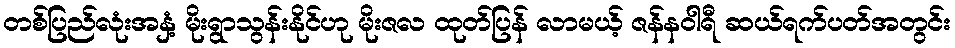
တစ်ပြည်လုံးအနှံ့ မိုးရွာသွန်းနိုင်ဟု မိုးဇလ ထုတ်ပြန် လာမယ့် ဇန်နဝါရီ ဆယ်ရက်ပတ်အတွင်း